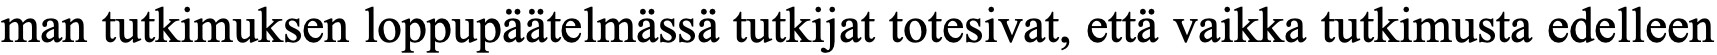
man tutkimuksen loppupäätelmässä tutkijat totesivat, että vaikka tutkimusta edelleen